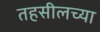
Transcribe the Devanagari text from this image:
तहसीलच्या